Indian journal of veterinary science and animal husbandry - Volume 3,
Year: 1933
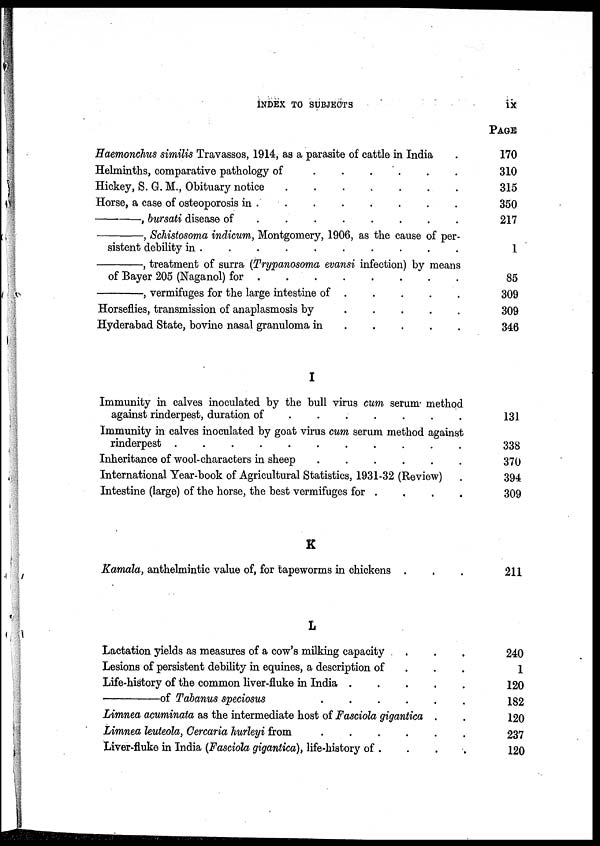
INDEX TO SUBJECTS
ix
Haemonchus similis Travassos, 1914, as a parasite of cattle in India
.
Helminths, comparative pathology of . . . . . . . .
Hickey, S. G. M., Obituary notice . . . . . . . .
Horse, a case of osteoporosis in . . . . . . . .
—, bursati disease of . . . . . . . .
—,
Schistosoma indicum, Montgomery, 1906, as the cause of per-
sistent debility in . . . . . . . .
—,
treatment of surra (Trypanosoma evansi infection) by means
of Bayer 205 (Naganol) for . . . . . . . .
—,
vermifuges for the large intestine of . . . . . . . .
Horseflies, transmission of anaplasmosis by . . . . . . . .
Hyderabad State, bovine nasal granuloma in . . . . . . . .
I
Immunity in calves inoculated by the bull virus cum serum method
against rinderpest, duration of . . . . . . . .
Immunity in calves inoculated by goat virus cum serum method against
rinderpest . . . . . . . .
Inheritance of wool-characters in sheep . . . . . . . .
International Year-book of Agricultural Statistics, 1931-32 (Review) .
Intestine (large) of the horse, the best vermifuges for . . . . . . . .
K
Kamala, anthelmintic value of, for tapeworms in chickens . . .
L
Lactation yields as measures of a cow's milking capacity . . .
Lesions of persistent debility in equines, a description of . . .
Life-history of the common liver-fluke in India . . . . . . . .
—of Tabanus speciosus . . . . . . . .
Limnea acuminata as the intermediate host of Fasciola gigantica . .
Limnea leuteola, Cercaria hurleyi from . . . . . . . .
Liver-fluke in India (Fasciola gigantica), life-history of . . . . . . . .
PAGE
170
310
315
350
217
1
85
309
309
346
131
338
370
394
309
211
240
1
120
182
120
237
120